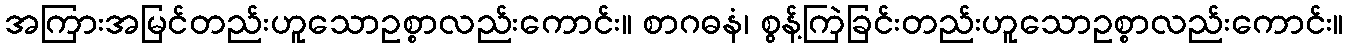
အကြားအမြင်တည်းဟူသောဥစ္စာလည်းကောင်း။ စာဂဓနံ၊ စွန့်ကြဲခြင်းတည်းဟူသောဥစ္စာလည်းကောင်း။